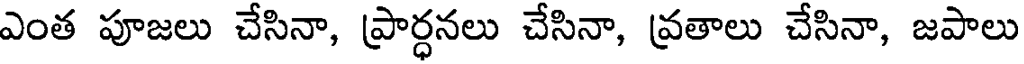
ఎంత పూజలు చేసినా, ప్రార్ధనలు చేసినా, వ్రతాలు చేసినా, జపాలు